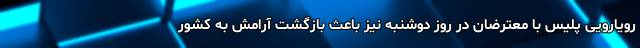
رویارویی پلیس با معترضان در روز دوشنبه نیز باعث بازگشت آرامش به کشور